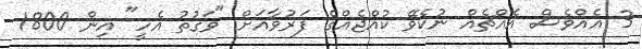
3 އެއްވެސް އެއްޗެއް ނުކެވޭ ކުއްޖެއްގެ ފަރުވާއަށް "ވަގުތު އެހީ" އިން 1800